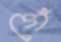
গেঁ